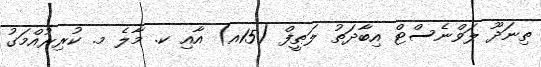
ތިނަދޫ ލަވްނެސްޓް އިބާދަތު ލަޠީފް (15އ) އާއި ކ. މާލެ މ. ކުރިރުއްމަގު